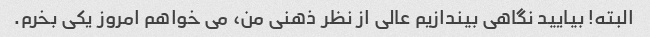
البته! بیایید نگاهی بیندازیم عالی از نظر ذهنی من، می خواهم امروز یکی بخرم.